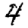
Digit: 4